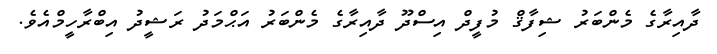
ދާއިރާގެ މެންބަރު ޝިފާޤް މުފީދް އިސްދޫ ދާއިރާގެ މެންބަރު އަޙްމަދު ރަޝީދު އިބްރާހީމްއެވެ.